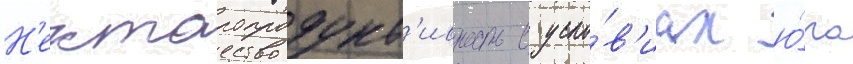
Н'ектаропродукт'ивность в усло́в'иах ю́га